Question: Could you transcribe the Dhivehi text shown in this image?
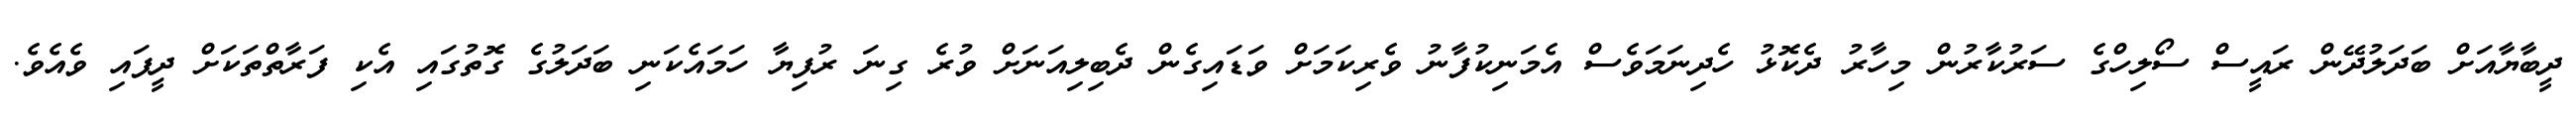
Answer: ދީބާޔާއަށް ބަދަލުދޭން ރައީސް ސޯލިހްގެ ސަރުކާރުން މިހާރު ދެކޮޅު ހެދިނަމަވެސް އެމަނިކުފާނު ވެރިކަމަށް ވަޑައިގެން ދެބިލިއަނަށް ވުރެ ގިނަ ރުފިޔާ ހަމައެކަނި ބަދަލުގެ ގޮތުގައި އެކި ފަރާތްތަކަށް ދީފައި ވެއެވެ.